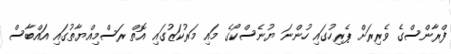
ފްރާންސްގެ ވެރިރަށް ޕެރިހުގައި ހުންނަ ޔުނެސްކޯގެ މައި މަރުކަޒުގައި އޮތް ރަސްމިއްޔާތުގައި އައްބާސް